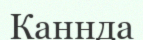
Каннда